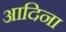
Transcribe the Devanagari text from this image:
आदिना